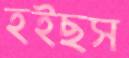
হইছস